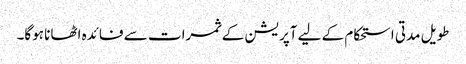
طویل مدتی استحکام کے لیے آپریشن کے ثمرات سے فائدہ اٹھانا ہوگا۔